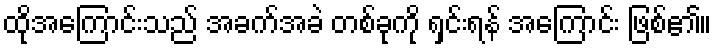
ထိုအကြောင်းသည် အခက်အခဲ တစ်ခုကို ရှင်းရန် အကြောင်း ဖြစ်၏။